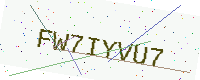
Text: FW7IYVU7